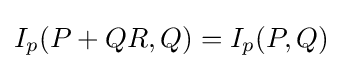
I_{p}(P+QR,Q)=I_{p}(P,Q)